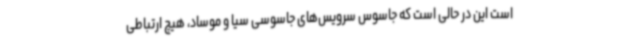
است این در حالی است که جاسوس سرویس‌های جاسوسی سیا و موساد، هیچ ارتباطی